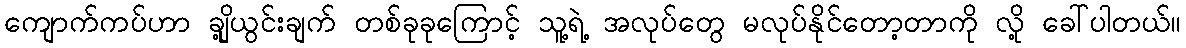
ကျောက်ကပ်ဟာ ချို့ယွင်းချက် တစ်ခုခုကြောင့် သူ့ရဲ့ အလုပ်တွေ မလုပ်နိုင်တော့တာကို လို့ ခေါ်ပါတယ်။